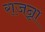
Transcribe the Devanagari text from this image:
राजन्ना